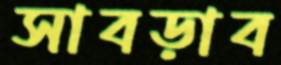
সাবড়াব